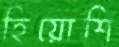
হিয়োশি